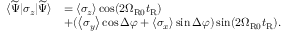
\begin{array} { r l } { \langle \widetilde { \Psi } | \sigma _ { z } | \widetilde { \Psi } \rangle } & { = \left\langle \sigma _ { z } \right\rangle \cos ( 2 \Omega _ { \mathrm { R 0 } } t _ { \mathrm { R } } ) } \\ & { + ( \left\langle \sigma _ { y } \right\rangle \cos \Delta \varphi + \left\langle \sigma _ { x } \right\rangle \sin \Delta \varphi ) \sin ( 2 \Omega _ { \mathrm { R 0 } } t _ { \mathrm { R } } ) . } \end{array}